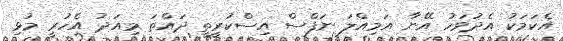
އެކަމަކު އެދުވަހު އޭނާ އަމިއްލަ ނަފްސް އިސްކުރީތީ ދައްތަ މިއަދު އެހުރީ މުޅި